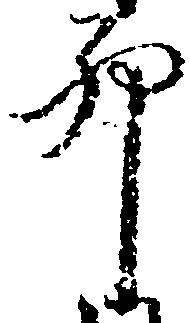
卯